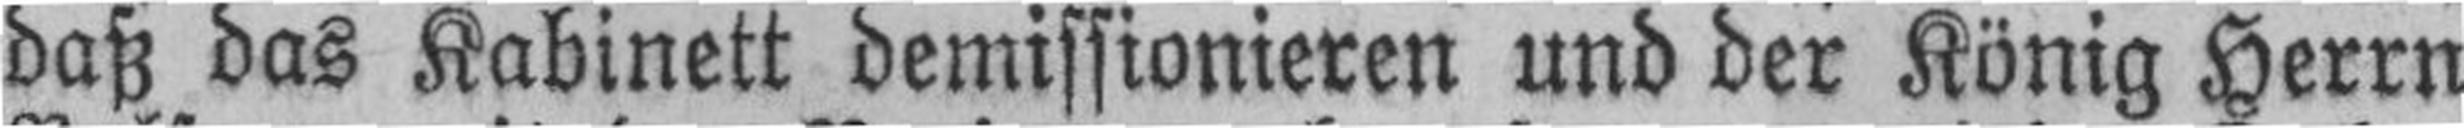
daß das Kabinett demissionieren und der König Herrn